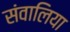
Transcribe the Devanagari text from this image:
संवालिया